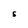
Character: S